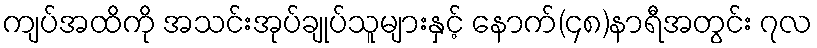
ကျပ်အထိကို အသင်းအုပ်ချုပ်သူများနှင့် နောက်(၄၈)နာရီအတွင်း ၇လ